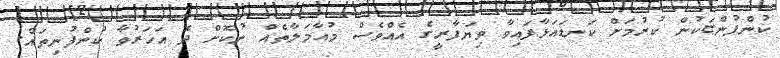
ކުންފުންޏަކުން ކުރުމަށް ކަނޑައަޅާފައިވާ ވިޔަފާރީގެ އެއްވެސް މުއާމަލާތެއް ނުކޮށް ދެ އަހަރުވާ ކުންފުނިތައް.